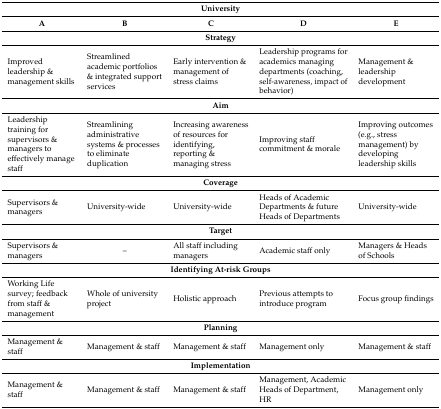
<table><thead><tr><td colspan="5"><b>University</b></td></tr><tr><td><b>A</b></td><td><b>B</b></td><td><b>C</b></td><td><b>D</b></td><td><b>E</b></td></tr></thead><tbody><tr><td colspan="5"><b>Strategy</b></td></tr><tr><td>Improved leadership &amp; management skills</td><td>Streamlined academic portfolios &amp; integrated support services </td><td>Early intervention &amp; management of stress claims</td><td>Leadership programs for academics managing departments (coaching, self-awareness, impact of behavior)</td><td>Management &amp; leadership development</td></tr><tr><td colspan="5"><b>Aim</b></td></tr><tr><td>Leadership training for supervisors &amp; managers to effectively manage staff</td><td>Streamlining administrative systems &amp; processes to eliminate duplication</td><td>Increasing awareness of resources for identifying, reporting &amp; managing stress</td><td>Improving staff commitment &amp; morale</td><td>Improving outcomes (e.g., stress management) by developing leadership skills</td></tr><tr><td colspan="5"><b>Coverage</b></td></tr><tr><td>Supervisors &amp; managers</td><td>University-wide</td><td>University-wide</td><td>Heads of Academic Departments &amp; future Heads of Departments</td><td>University-wide</td></tr><tr><td colspan="5"><b>Target</b></td></tr><tr><td>Supervisors &amp; managers</td><td>–</td><td>All staff including managers</td><td>Academic staff only</td><td>Managers &amp; Heads of Schools</td></tr><tr><td colspan="5"><b>Identifying At-risk Groups</b></td></tr><tr><td>Working Life survey; feedback from staff &amp; management</td><td>Whole of university project</td><td>Holistic approach</td><td>Previous attempts to introduce program</td><td>Focus group findings</td></tr><tr><td colspan="5"><b>Planning</b></td></tr><tr><td>Management &amp; staff</td><td>Management &amp; staff</td><td>Management &amp; staff</td><td>Management only</td><td>Management &amp; staff</td></tr><tr><td colspan="5"><b>Implementation</b></td></tr><tr><td>Management &amp; staff</td><td>Management &amp; staff</td><td>Management &amp; staff</td><td>Management, Academic Heads of Department, HR</td><td>Management only</td></tr></tbody></table>